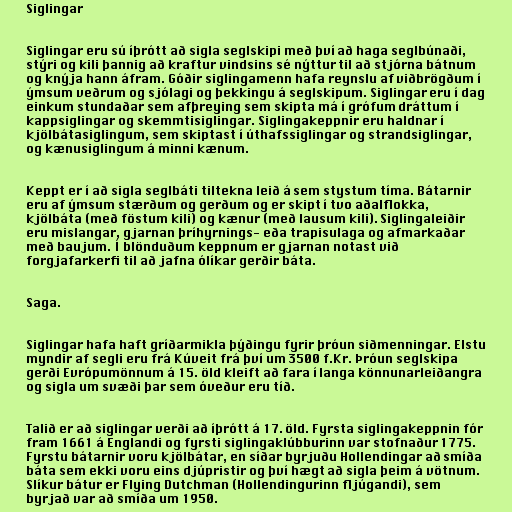
Siglingar

Siglingar eru sú íþrótt að sigla seglskipi með því að haga seglbúnaði,
stýri og kili þannig að kraftur vindsins sé nýttur til að stjórna bátnum
og knýja hann áfram. Góðir siglingamenn hafa reynslu af viðbrögðum í
ýmsum veðrum og sjólagi og þekkingu á seglskipum. Siglingar eru í dag
einkum stundaðar sem afþreying sem skipta má í grófum dráttum í
kappsiglingar og skemmtisiglingar. Siglingakeppnir eru haldnar í
kjölbátasiglingum, sem skiptast í úthafssiglingar og strandsiglingar,
og kænusiglingum á minni kænum.

Keppt er í að sigla seglbáti tiltekna leið á sem stystum tíma. Bátarnir
eru af ýmsum stærðum og gerðum og er skipt í tvo aðalflokka,
kjölbáta (með föstum kili) og kænur (með lausum kili). Siglingaleiðir
eru mislangar, gjarnan þríhyrnings- eða trapisulaga og afmarkaðar
með baujum. Í blönduðum keppnum er gjarnan notast við
forgjafarkerfi til að jafna ólíkar gerðir báta.

Saga.

Siglingar hafa haft gríðarmikla þýðingu fyrir þróun siðmenningar. Elstu
myndir af segli eru frá Kúveit frá því um 3500 f.Kr. Þróun seglskipa
gerði Evrópumönnum á 15. öld kleift að fara í langa könnunarleiðangra
og sigla um svæði þar sem óveður eru tíð.

Talið er að siglingar verði að íþrótt á 17. öld. Fyrsta siglingakeppnin fór
fram 1661 á Englandi og fyrsti siglingaklúbburinn var stofnaður 1775.
Fyrstu bátarnir voru kjölbátar, en síðar byrjuðu Hollendingar að smíða
báta sem ekki voru eins djúpristir og því hægt að sigla þeim á vötnum.
Slíkur bátur er Flying Dutchman (Hollendingurinn fljúgandi), sem
byrjað var að smíða um 1950.